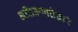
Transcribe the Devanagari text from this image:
अतिउष्णतेद्वारे